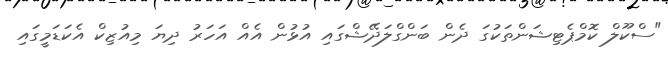
"ސްކޫލް ކޮމްޕެޓިޝަންތަކުގަ ދެން ބަންގްލަދޭޝްގައި އުޅުން އެއް އަހަރު ދިޔަ މިއުޒިކް އެކަޑަމީގައި